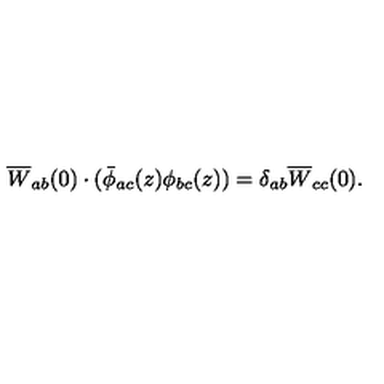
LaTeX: \overline { { W } } _ { a b } ( 0 ) \cdot ( \bar { \phi } _ { a c } ( z ) \phi _ { b c } ( z ) ) = \delta _ { a b } \overline { { W } } _ { c c } ( 0 ) .